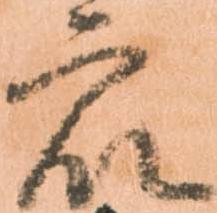
衆